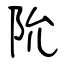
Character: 阭